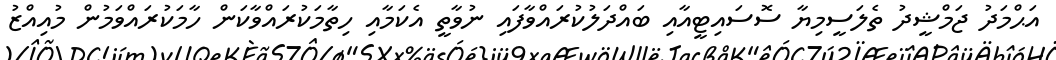
އަޙްމަދު ޖަމްޝީދު ތެލަސީމިޔާ ސޮސައިޓީއާއި ބައްދަލުކުރައްވާފައި ނުވާތީ އެކަމާއި ހިތާމަކުރައްވާކަން ހާމަކުރައްވަމުން މުއިއްޒު